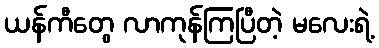
ယန်ကီတွေ လာကုန်ကြပြီတဲ့ မလေးရဲ့